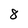
Character: 8